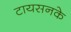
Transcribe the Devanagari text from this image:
टायसनके